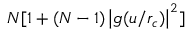
N [ 1 + ( N - 1 ) \left\vert g ( u / r _ { c } ) \right\vert ^ { 2 } ]